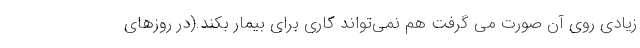
زیادی روی آن صورت می گرفت هم نمی‌تواند کاری برای بیمار بکند.(در روزهای